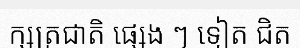
ក្សត្រជាតិ ផ្សេង ៗ ទៀត ជិត